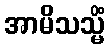
အာမိသသ္မိံ